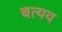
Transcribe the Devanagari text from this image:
बत्यय